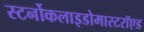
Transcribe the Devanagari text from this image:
स्टर्नोकलाइडोमास्टरॉएड